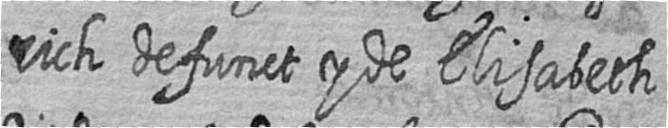
rich defunct y de Elisabeth